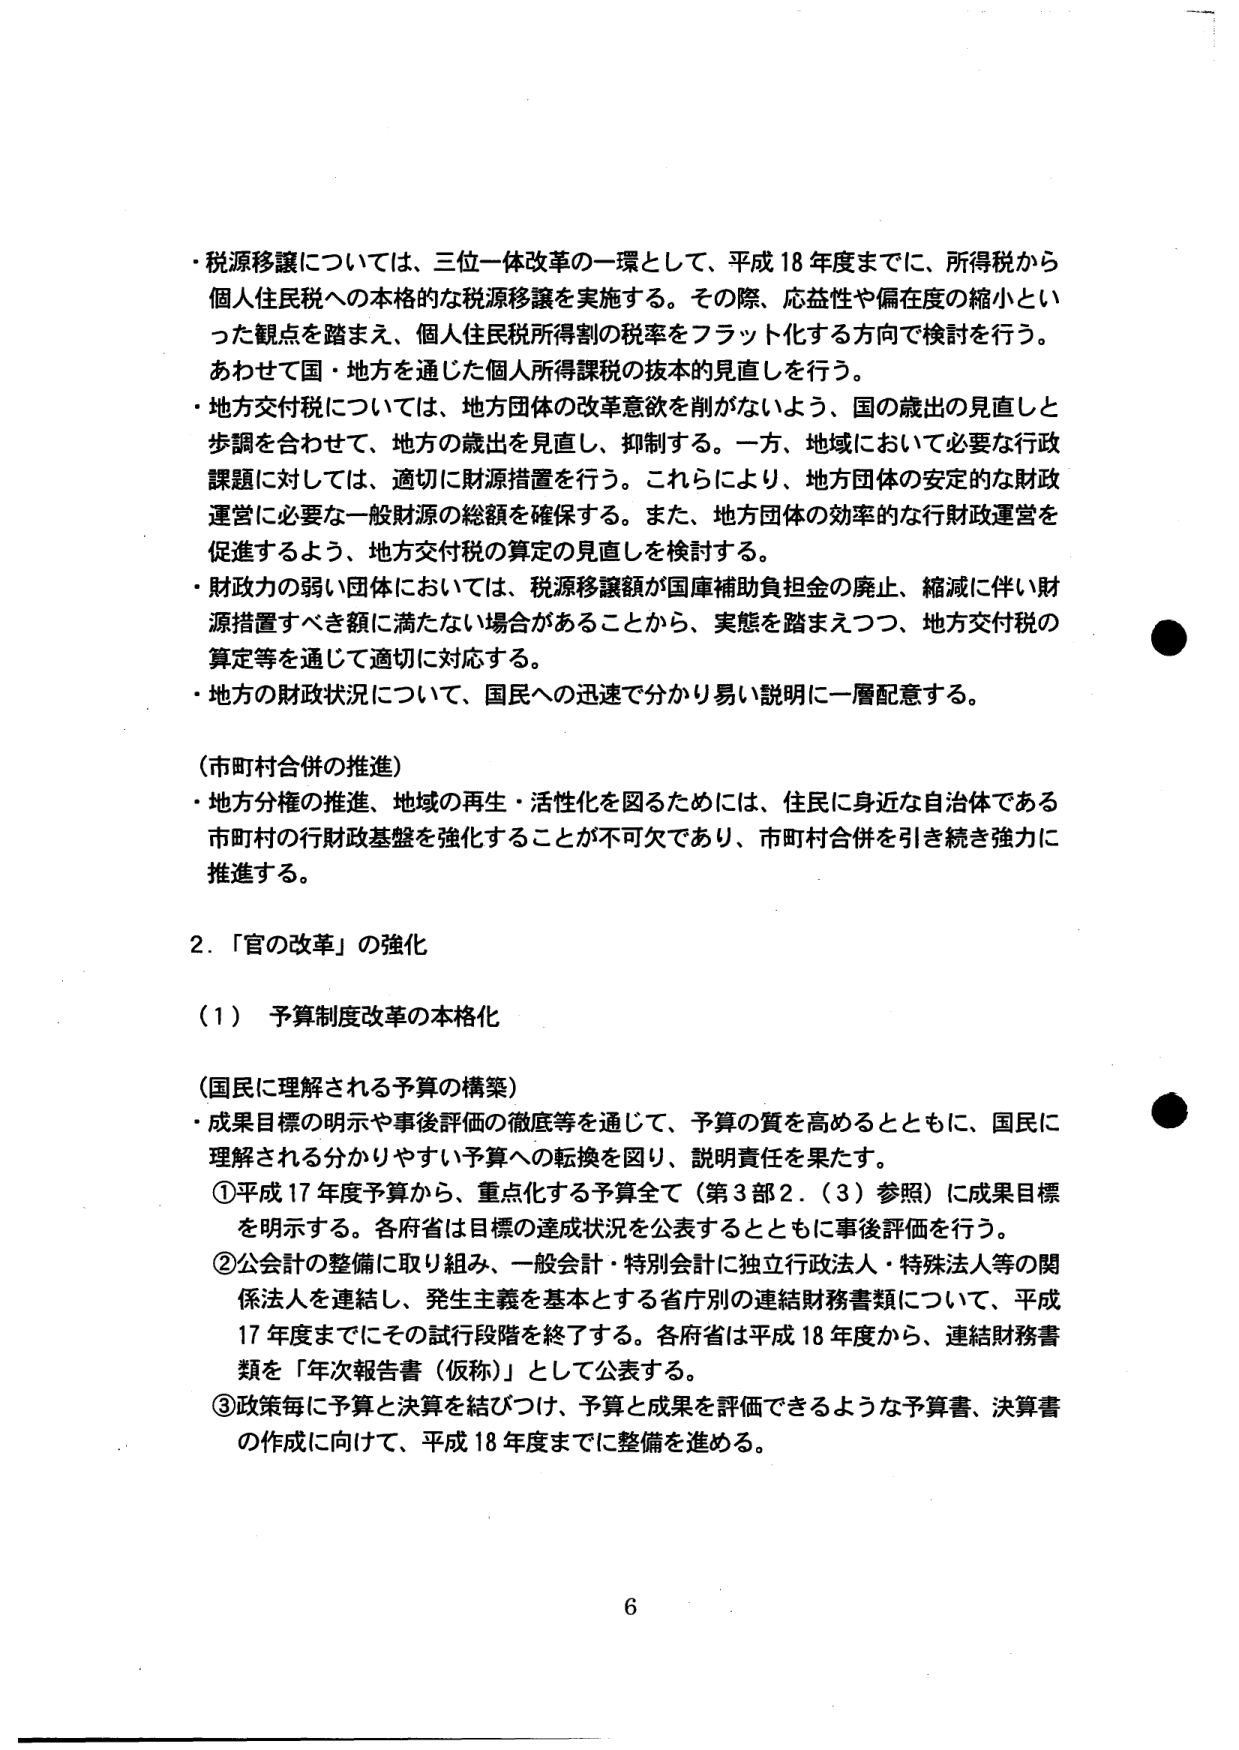
・税源移譲については、三位一体改革の一環として、平成18年度までに、所得税から個人住民税への本格的な税源移譲を実施する。その際、応益性や偏在度の縮小といった観点を踏まえ、個人住民税所得割の税率をフラット化する方向で検討を行う。あわせて国・地方を通じた個人所得課税の抜本的見直しを行う。

・地方交付税については、地方団体の改革意欲を削がれないよう、国の歳出の見直しと歩調を合わせて、地方の歳出を見直し、抑制する。一方、地域において必要な行政課題に対しては、適切に財源措置を行う。これにより、地方団体の安定的な財政運営に必要な一般財源の総額を確保する。また、地方団体の効率的な行財政運営を促進するよう、地方交付税の算定の見直しを検討する。

・財政力の弱い団体においては、税源移譲額が国庫補助負担金の廃止、縮減に伴い財源措置すべき額に満たない場合があることから、実態を踏まえつつ、地方交付税の算定等を通じて適切に対応する。

・地方の財政状況について、国民への迅速で分かり易い説明に一層配意する。

（市町村合併の推進）
・地方分権の推進、地域の再生・活性化を図るためには、住民に身近な自治体である市町村の行財政基盤を強化することが不可欠であり、市町村合併を引き続き強力に推進する。

2．「官の改革」の強化

（1）予算制度改革の本格化

（国民に理解される予算の構築）
・成果目標の明示や事後評価の徹底等を通じて、予算の質を高めるとともに、国民に理解される分かりやすい予算への転換を図り、説明責任を果たす。
①平成17年度予算から、重点化する予算全て（第3部2．（3）参照）に成果目標を明示する。各府省は目標の達成状況を公表するとともに事後評価を行う。
②公会計の整備に取り組み、一般会計・特別会計に独立行政法人・特殊法人等の関係法人を連結し、発生主義を基本とする省庁別の連結財務書類について、平成17年度までにその試行段階を終了する。各府省は平成18年度から、連結財務書類を「年次報告書（仮称）」として公表する。
③政策毎に予算と決算を結びつけ、予算と成果を評価できるような予算書、決算書の作成に向けて、平成18年度までに整備を進める。

6